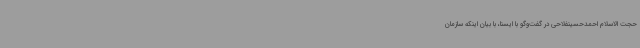
حجت الاسلام احمدحسینفلاحی در گفت‌وگو با ایسنا، با بیان اینکه سازمان